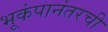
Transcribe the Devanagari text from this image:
भूकंपानंतरची